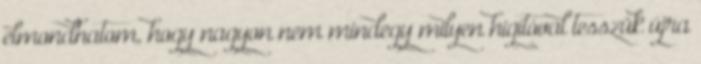
elmondhatom, hogy nagyon nem mindegy milyen hígítóval tesszük újra